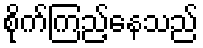
စိုက်ကြည့်နေသည်